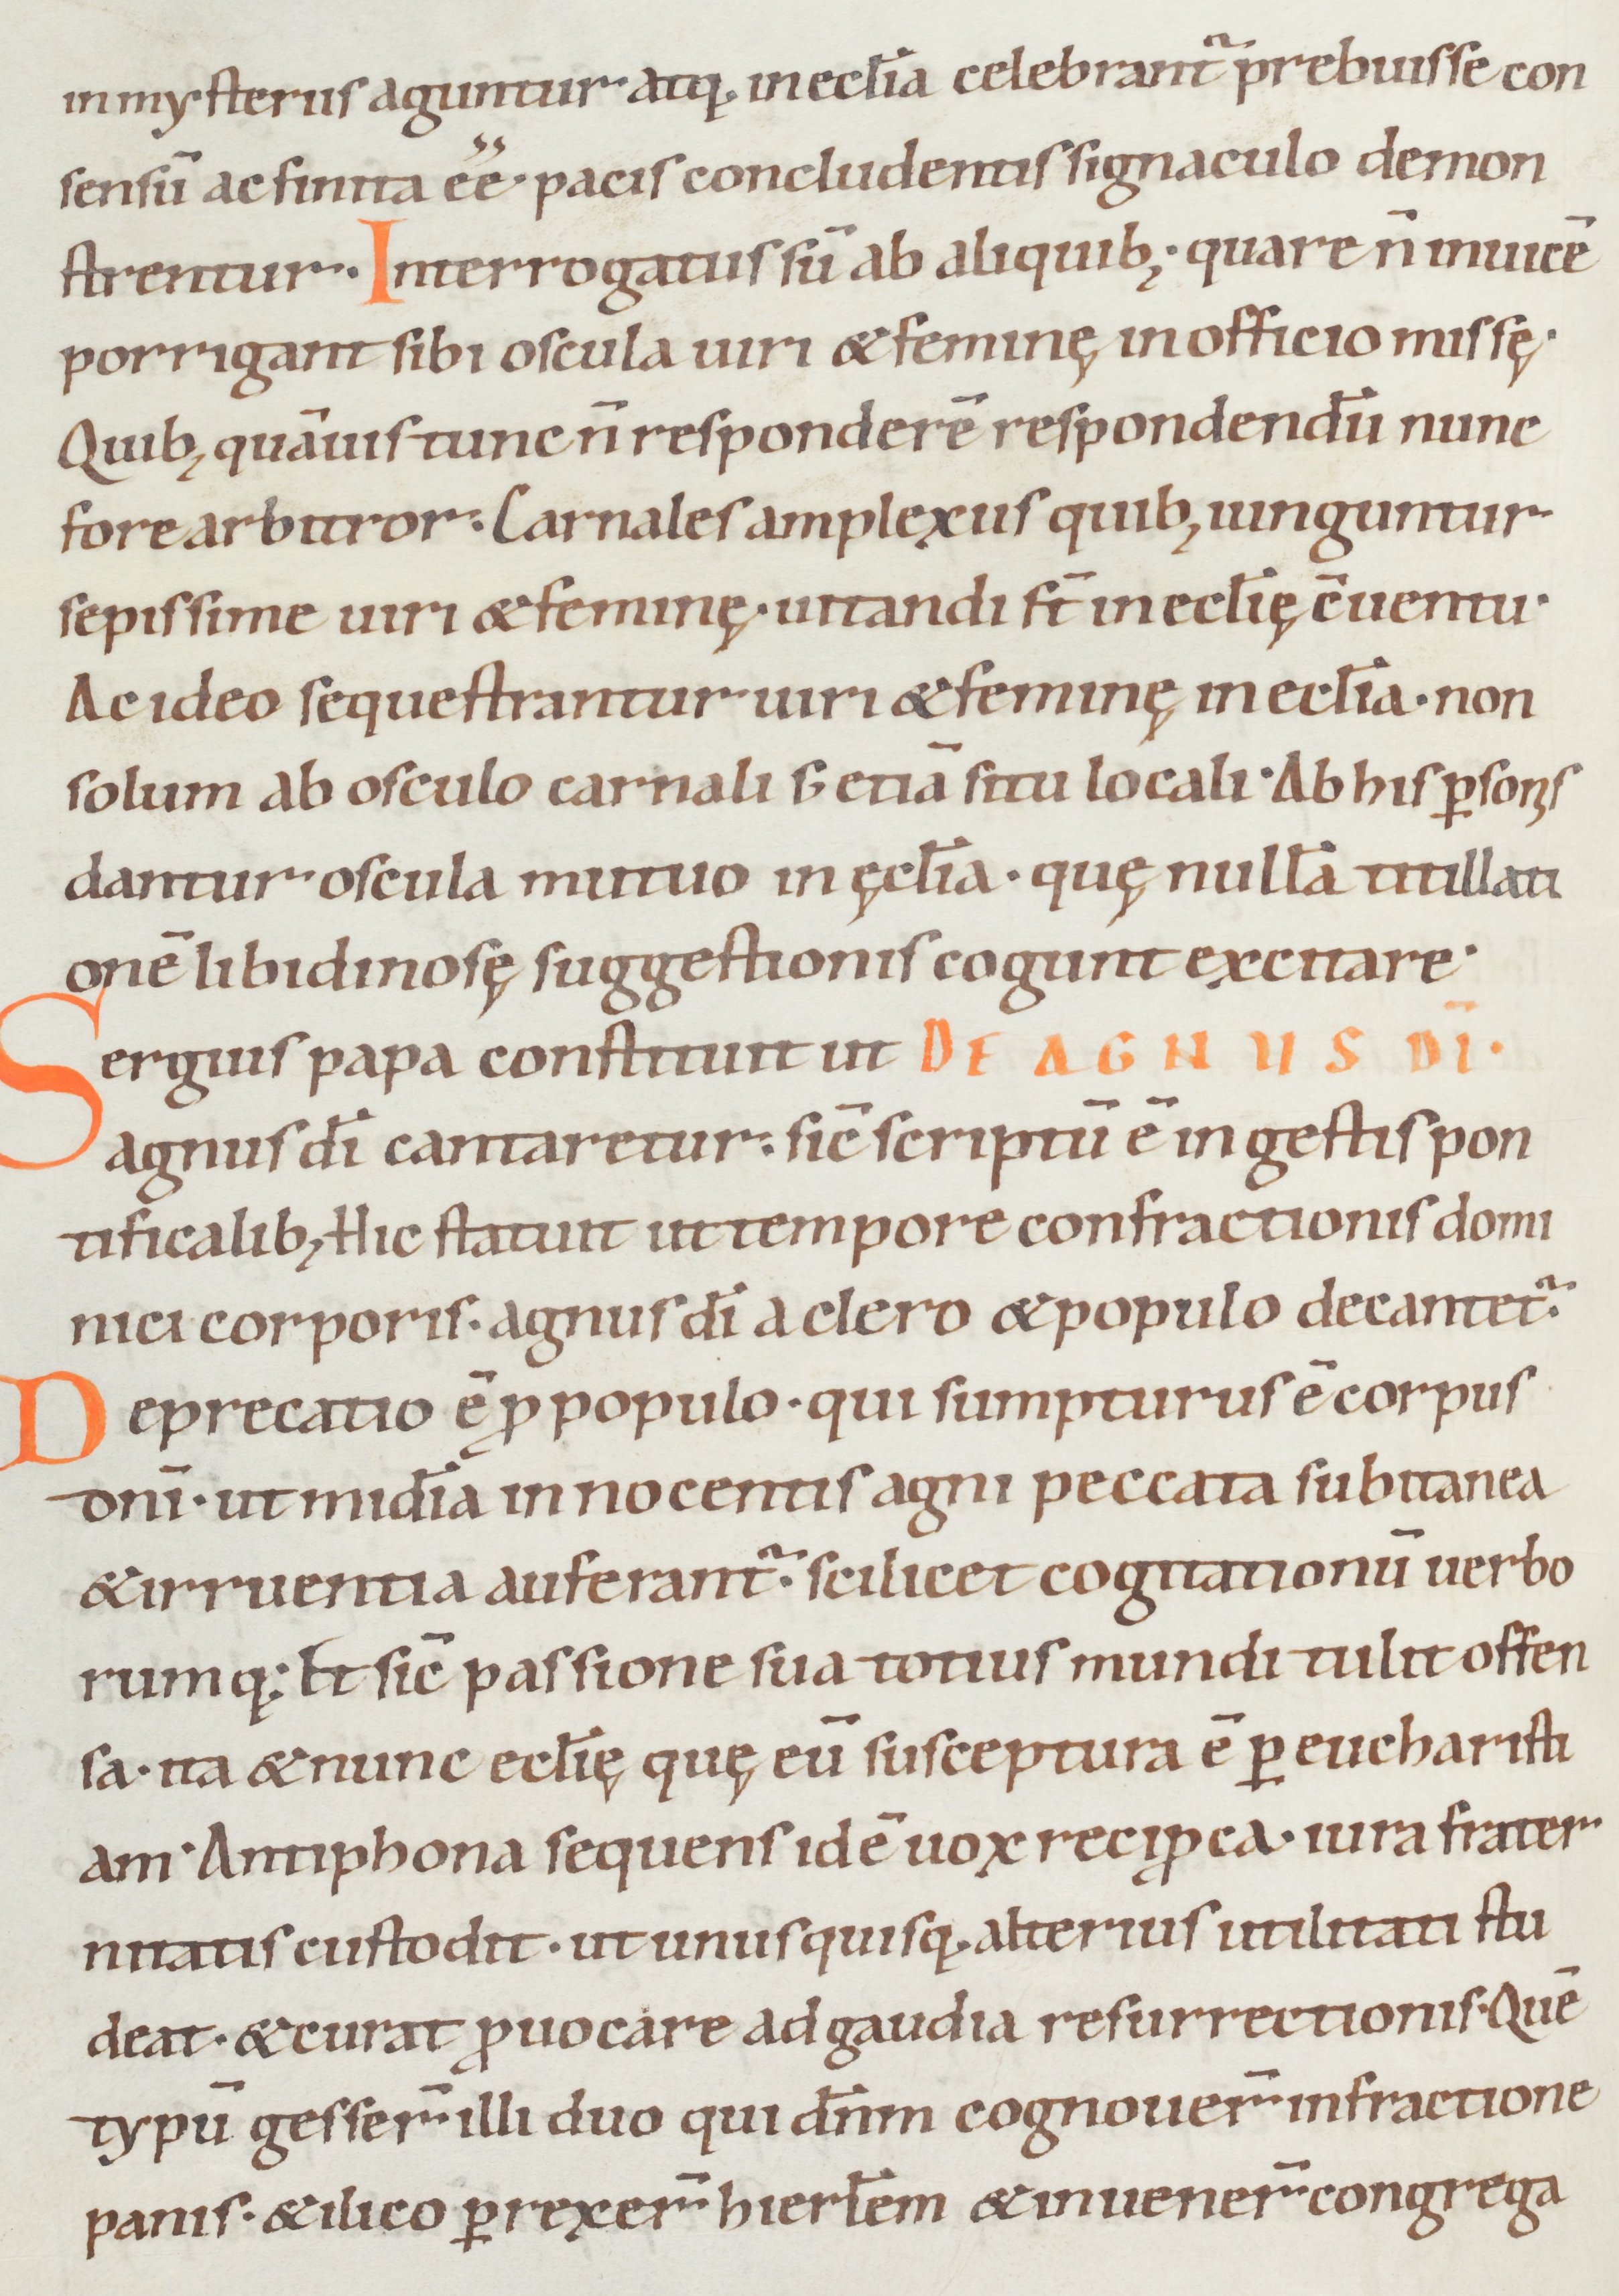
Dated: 1050–1099